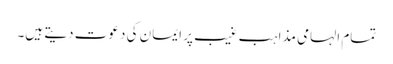
تمام الہامی مذاہب غیب پر ایمان کی دعوت دیتے ہیں۔